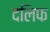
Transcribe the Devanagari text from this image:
दलिफ